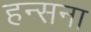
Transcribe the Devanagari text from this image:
हन्सना